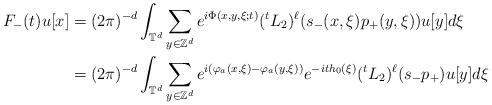
LaTeX: \begin{align*}F_-(t)u[x]&=(2\pi)^{-d} \int_{\mathbb{T}^d} \sum_{y\in\mathbb{Z}^d} e^{i\Phi(x,y,\xi;t)}({}^tL_2)^\ell (s_-(x,\xi)p_+(y,\xi)) u[y] d\xi \\&=(2\pi)^{-d} \int_{\mathbb{T}^d} \sum_{y\in\mathbb{Z}^d} e^{i(\varphi_a(x,\xi)-\varphi_a(y,\xi))}e^{-it h_0(\xi)}({}^tL_2)^\ell (s_- p_+) u[y] d\xi \end{align*}